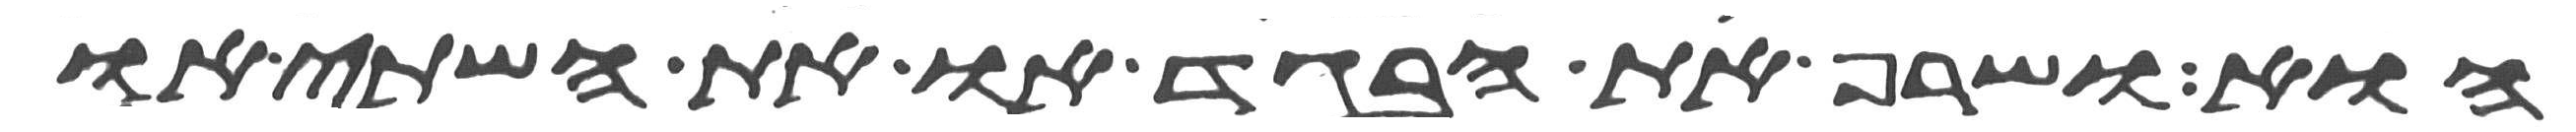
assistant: הוא ושרף את הבגד או את השתי או